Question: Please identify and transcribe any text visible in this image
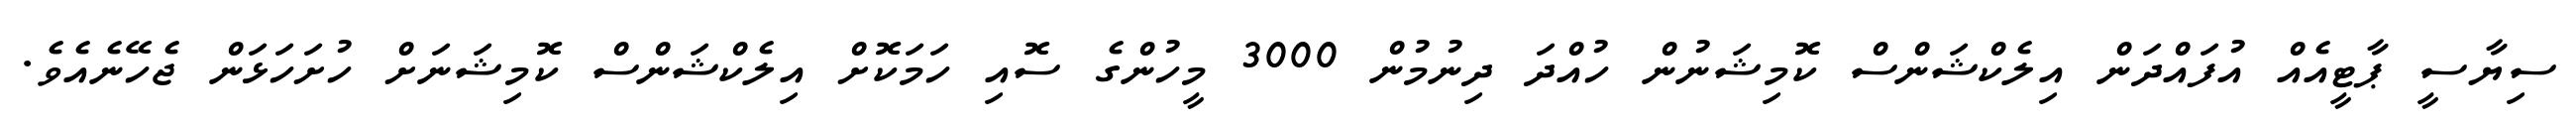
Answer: ސިޔާސީ ޕާޓީއެއް އުފައްދަން އިލެކްޝަންސް ކޮމިޝަނުން ހުއްދަ ދިނުމުން 3000 މީހުންގެ ސޮއި ހަމަކޮށް އިލެކްޝަންސް ކޮމިޝަނަށް ހުށަހަޅަން ޖެހޭނެއެވެ.